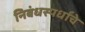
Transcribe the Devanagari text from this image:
निबंधस्पर्धांचे